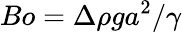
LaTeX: Bo={\Delta\rho ga^{2}}/{\gamma}